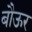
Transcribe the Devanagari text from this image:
बौऊर